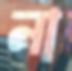
না